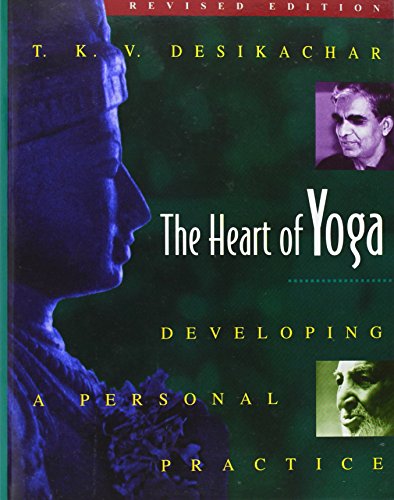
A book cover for The Heart of Yoga: Developing a Personal Practice; T. K. V. Desikachar; Health, Fitness & Dieting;